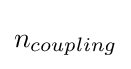
n_{coupling}